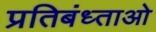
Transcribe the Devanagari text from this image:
प्रतिबंध्ताओ